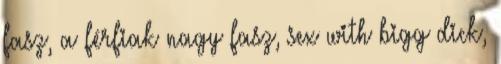
fasz, a férfiak nagy fasz, sex with bigg dick,